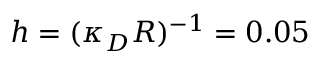
h = ( \kappa _ { D } R ) ^ { - 1 } = 0 . 0 5